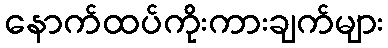
နောက်ထပ်ကိုးကားချက်များ